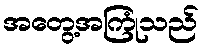
အတွေ့အကြုံသည်